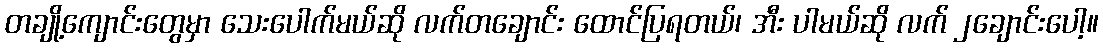
တချို့ကျောင်းတွေမှာ သေးပေါက်မယ်ဆို လက်တချောင်း ထောင်ပြရတယ်၊ အီး ပါမယ်ဆို လက် ၂ချောင်းပေါ့။